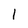
Character: 1